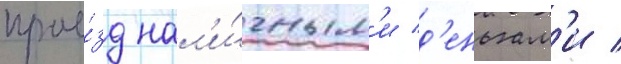
прое́зд нал'и́чным'и д'еньгам'и /